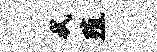
拭殖